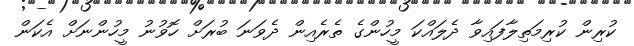
ކުރިން ކުރިމަތިލާފައިވާ ދެލައްކަ މީހުންގެ ތެރެއިން ދެވަނަ ބުރަށް ހޮވުނު މީހުންނަށް އެކަން